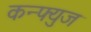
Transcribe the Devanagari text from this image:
कन्फ्युज